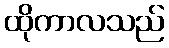
ထိုကာလသည်